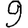
Digit: 9